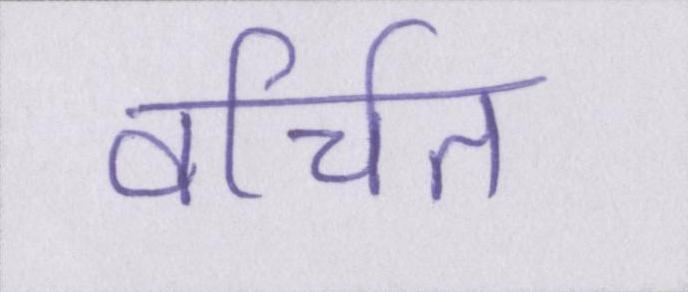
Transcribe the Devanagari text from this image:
वर्जित